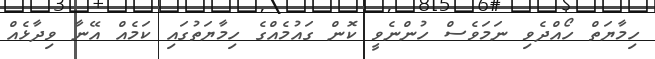
ހިމާޔަތް ހޯއްދެވި ނަމަވެސް ހުންނެވީ ކޮން ގައުމެއްގެ ހިމާޔަތުގައި ކަމެއް އޭނާ ވިދާޅެއް